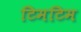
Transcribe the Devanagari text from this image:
टिमटिम